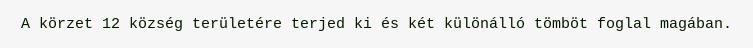
A körzet 12 község területére terjed ki és két különálló tömböt foglal magában.